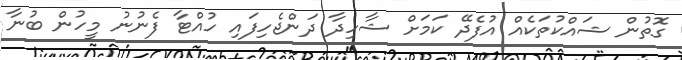
ގޮތުން ޝައްކުތަކެއް އުފެދޭ ކަމަށް ޝާހިދާ ދަންޖެހިފައި ހުއްޓާ ފެނުނު މީހުން ބުނާ